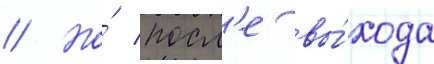
// Но́ посл'е вы́хода